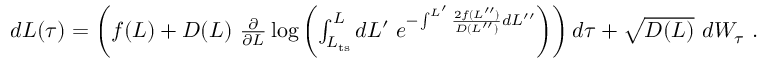
\begin{array} { r } { d L ( \tau ) = \left( f ( L ) + D ( L ) \ \frac { \partial } { \partial L } \log \left( \int _ { L _ { \mathrm { t s } } } ^ { L } d L ^ { \prime } \; e ^ { - \int ^ { L ^ { \prime } } \frac { 2 f ( L ^ { \prime \prime } ) } { D ( L ^ { \prime \prime } ) } d L ^ { \prime \prime } } \right) \right) d \tau + \sqrt { D ( L ) } \ d W _ { \tau } \ . } \end{array}